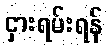
ငှားရမ်းရန်